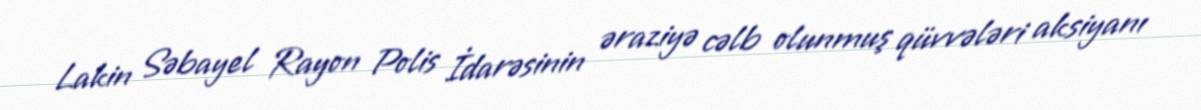
Lakin Səbayel Rayon Polis İdarəsinin əraziyə cəlb olunmuş qüvvələri aksiyanı